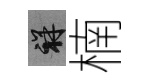
祥楠